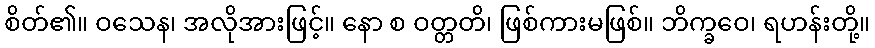
စိတ်၏။ ဝသေန၊ အလိုအားဖြင့်။ နော စ ဝတ္တတိ၊ ဖြစ်ကားမဖြစ်။ ဘိက္ခဝေ၊ ရဟန်းတို့။